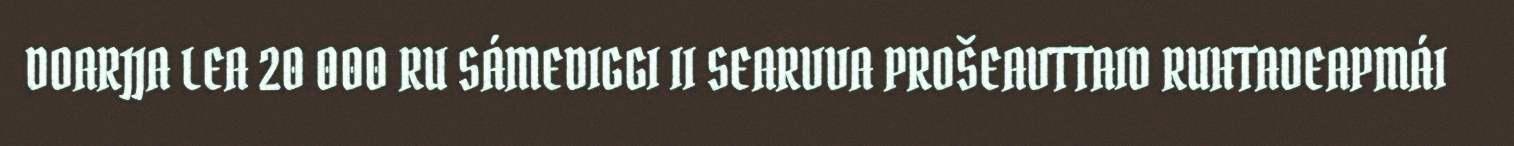
DOARJJA LEA 20 000 RU SÁMEDIGGI II SEARVVA PROŠEAVTTAID RUHTADEAPMÁI